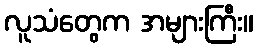
လူသံတွေက အများကြီး။